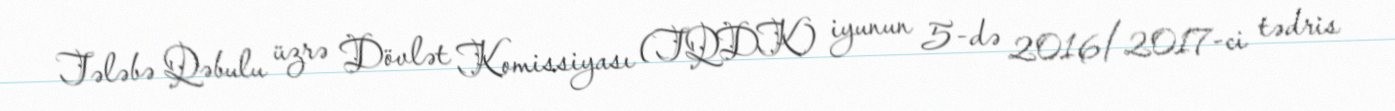
Tələbə Qəbulu üzrə Dövlət Komissiyası (TQDK) iyunun 5-də 2016/2017-ci tədris